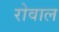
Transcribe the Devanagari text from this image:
रोवाल